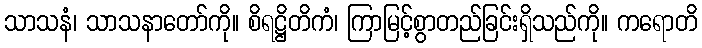
သာသနံ၊ သာသနာတော်ကို။ စိရဋ္ဌိတိကံ၊ ကြာမြင့်စွာတည်ခြင်းရှိသည်ကို။ ကရောတိ